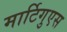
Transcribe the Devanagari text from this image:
मार्टिगुएस